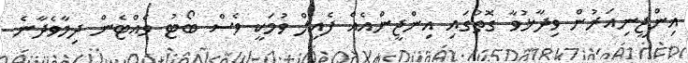
އިންޖީނިއަރުން ވިދާޅުވާ ގޮތުގައި އިންޖީންއެއް ފެއިލް ވުމަކީ ވެސް ބޯޓު ވެއްޓެން ދިމާވެދާނެ